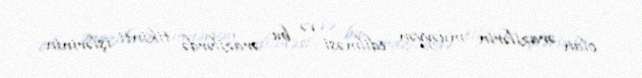
olan ərazilərin müəyyən edilməsi və bu ərazilərdə tikinti işlərinin